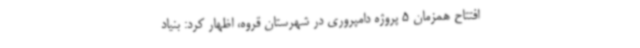
افتتاح همزمان 5 پروژه دامپروری در شهرستان قروه، اظهار کرد: بنیاد